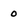
Character: 0